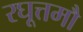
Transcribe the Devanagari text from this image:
रघूत्तमौ